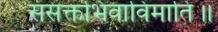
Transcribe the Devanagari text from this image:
संसक्तभिवाविमाति॥